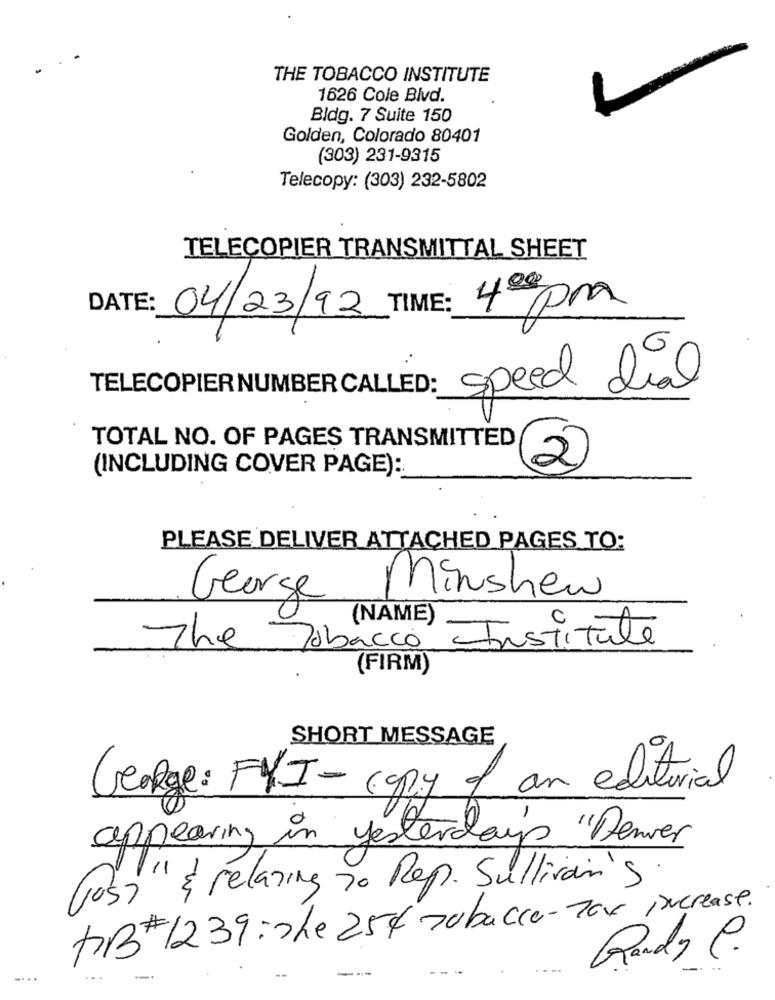
THE TOBACCO INSTITUTE
1626 Cole Blvd.
Bldg. 7 Suite 150
Golden, Colorado 80401
(303) 231-9315
Telecopy: (303) 232-5802
TELECOPIER TRANSMITTAL SHEET
: 00
DATE:
04/23/92 TIME:
40pm
TELECOPIER NUMBER CALLED: speed dial
TOTAL NO. OF PAGES TRANSMITTED
(INCLUDING COVER PAGE):
2
PLEASE DELIVER ATTACHED PAGES TO:
George
Minshew
(NAME)
The Tobacco Institute
(FIRM)
SHORT MESSAGE
George: FYI-copy of an editorial
appearing in yesterday's "Denver
(os) & relating to Rep. Sullivan's
PB+1239 : The 254 tobacco-70% increase.
Randy C.
--
....